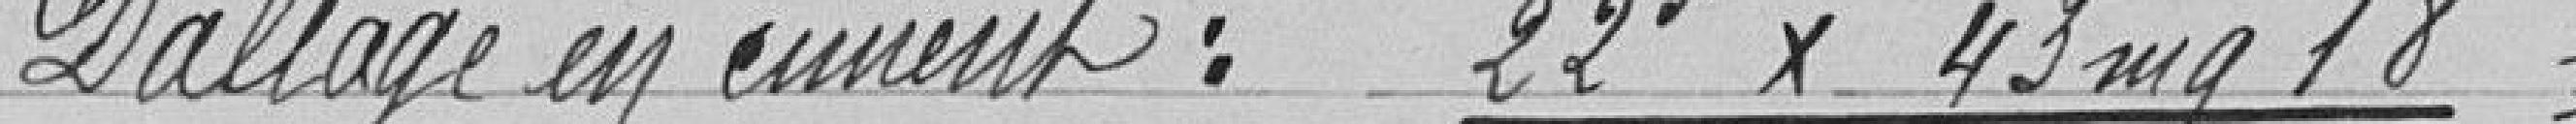
Dallage en ciment : 22 F x 43 mg 18